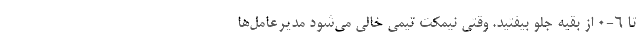
تا 6-0 از بقیه جلو بیفتید. وقتی نیمکت تیمی خالی می‌شود مدیرعامل‌ها